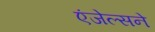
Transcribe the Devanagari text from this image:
एंजेल्सने